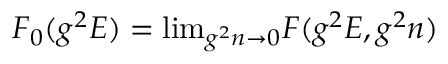
F _ { 0 } ( g ^ { 2 } E ) = \mathrm { l i m } _ { g ^ { 2 } n \to 0 } F ( g ^ { 2 } E , g ^ { 2 } n )